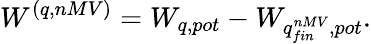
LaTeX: W^{(q,nMV)}=W_{q,pot}-W_{q_{fin}^{nMV},pot}.